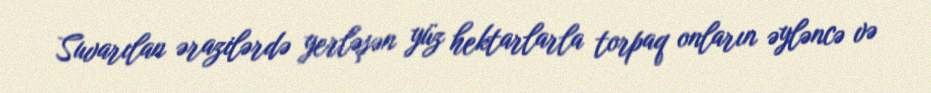
Suvarılan ərazilərdə yerləşən yüz hektarlarla torpaq onların əyləncə və